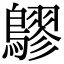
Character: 𪅡